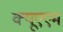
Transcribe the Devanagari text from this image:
क्यूएएम